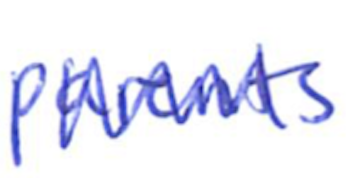
Text: parents
Cross-out: zig-zag
Writing tool: ballpoint